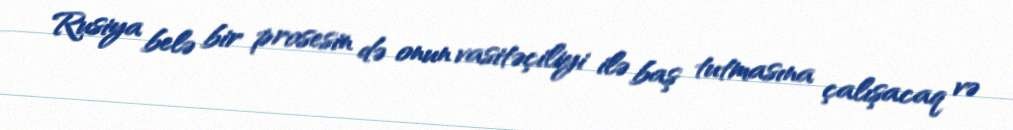
Rusiya belə bir prosesin də onun vasitəçiliyi ilə baş tutmasına çalışacaq və